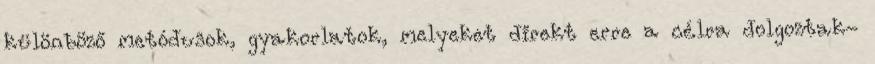
különböző metódusok, gyakorlatok, melyeket direkt erre a célra dolgoztak-